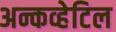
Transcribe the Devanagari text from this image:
अन्कव्हेटिल